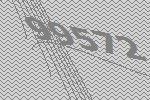
99572